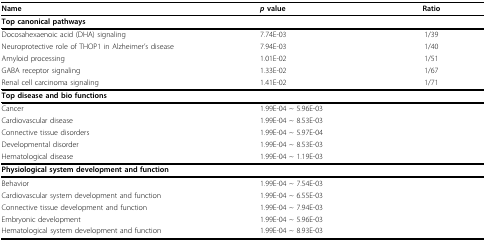
| Name | p value | Ratio |
 | --- | --- | --- |
 | <COLSPAN=3> Top canonical pathways |
 | Docosahexaenoic acid (DHA) signaling | 7.74E-03 | 1/39 |
 | Neuroprotective role of THOP1 in Alzheimer's disease | 7.94E-03 | 1/40 |
 | Amyloid processing | 1.01E-02 | 1/51 |
 | GABA receptor signaling | 1.33E-02 | 1/67 |
 | Renal cell carcinoma signaling | 1.41E-02 | 1/71 |
 | <COLSPAN=3> Top disease and bio functions |
 | Cancer | <COLSPAN=2> 1.99E-04 ~ 5.96E-03 |
 | Cardiovascular disease | <COLSPAN=2> 1.99E-04 ~ 8.53E-03 |
 | Connective tissue disorders | <COLSPAN=2> 1.99E-04 ~ 5.97E-04 |
 | Developmental disorder | <COLSPAN=2> 1.99E-04 ~ 8.53E-03 |
 | Hematological disease | <COLSPAN=2> 1.99E-04 ~ 1.19E-03 |
 | <COLSPAN=3> Physiological system development and function |
 | Behavior | <COLSPAN=2> 1.99E-04 ~ 7.54E-03 |
 | Cardiovascular system development and function | <COLSPAN=2> 1.99E-04 ~ 6.55E-03 |
 | Connective tissue development and function | <COLSPAN=2> 1.99E-04 ~ 7.94E-03 |
 | Embryonic development | <COLSPAN=2> 1.99E-04 ~ 5.96E-03 |
 | Hematological system development and function | <COLSPAN=2> 1.99E-04 ~ 8.93E-03 |